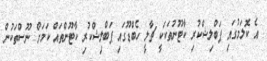
އެ ކޮލަމުގައި ޕަބްލިޝްކުރި ކާޓޫނުތަކަކީ ޗާލީ ހެބްޑޫގައި ޕަބްލިޝްކުރި ކާޓޫންތައް ކަމަށް ނޫސްތަކުން